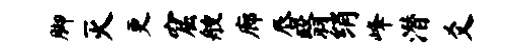
脚灭更窟艘廊唇翳绡峰潜爻